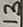
Text: 13